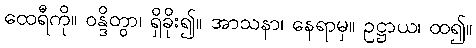
ထေရီကို။ ဝန္ဒိတွာ၊ ရှိခိုး၍။ အာသနာ၊ နေရာမှ။ ဥဋ္ဌာယ၊ ထ၍။